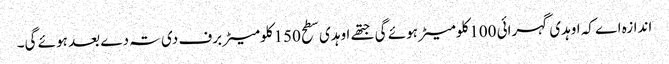
اندازہ اے کہ اوہدی گہرائی 100کلومیٹر ہوئے گی جتھ‏ے اوہدی سطح 150کلومیٹر برف دی تہ دے بعد ہوئے گی۔